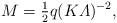
LaTeX: \begin{align*}M={\textstyle\frac{1}{2}}q(K{\mit\Lambda})^{-2},\end{align*}